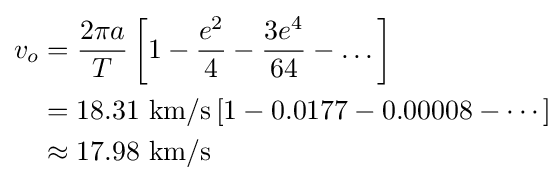
{\begin{aligned}v_{o}&={\frac {2\pi a}{T}}\left[1-{\frac {e^{2}}{4}}-{\frac {3e^{4}}{64}}-\dots \right]\\&=18.31\ {\mbox{km/s}}\left[1-0.0177-0.00008-\cdots \right]\\&\approx 17.98\ {\mbox{km/s}}\\\end{aligned}}\!